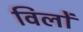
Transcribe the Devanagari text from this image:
विलों